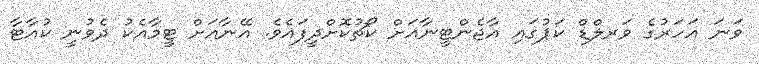
ވަނަ އަހަރުގެ ވަރލްޑް ކަޕުގައި އާޖެންޓީނާއަށް ކޯޗުކޮށްދީފައެވެ. އޭނާއަށް ޓީމާއެކު ދެވުނީ ކުއާޓާ